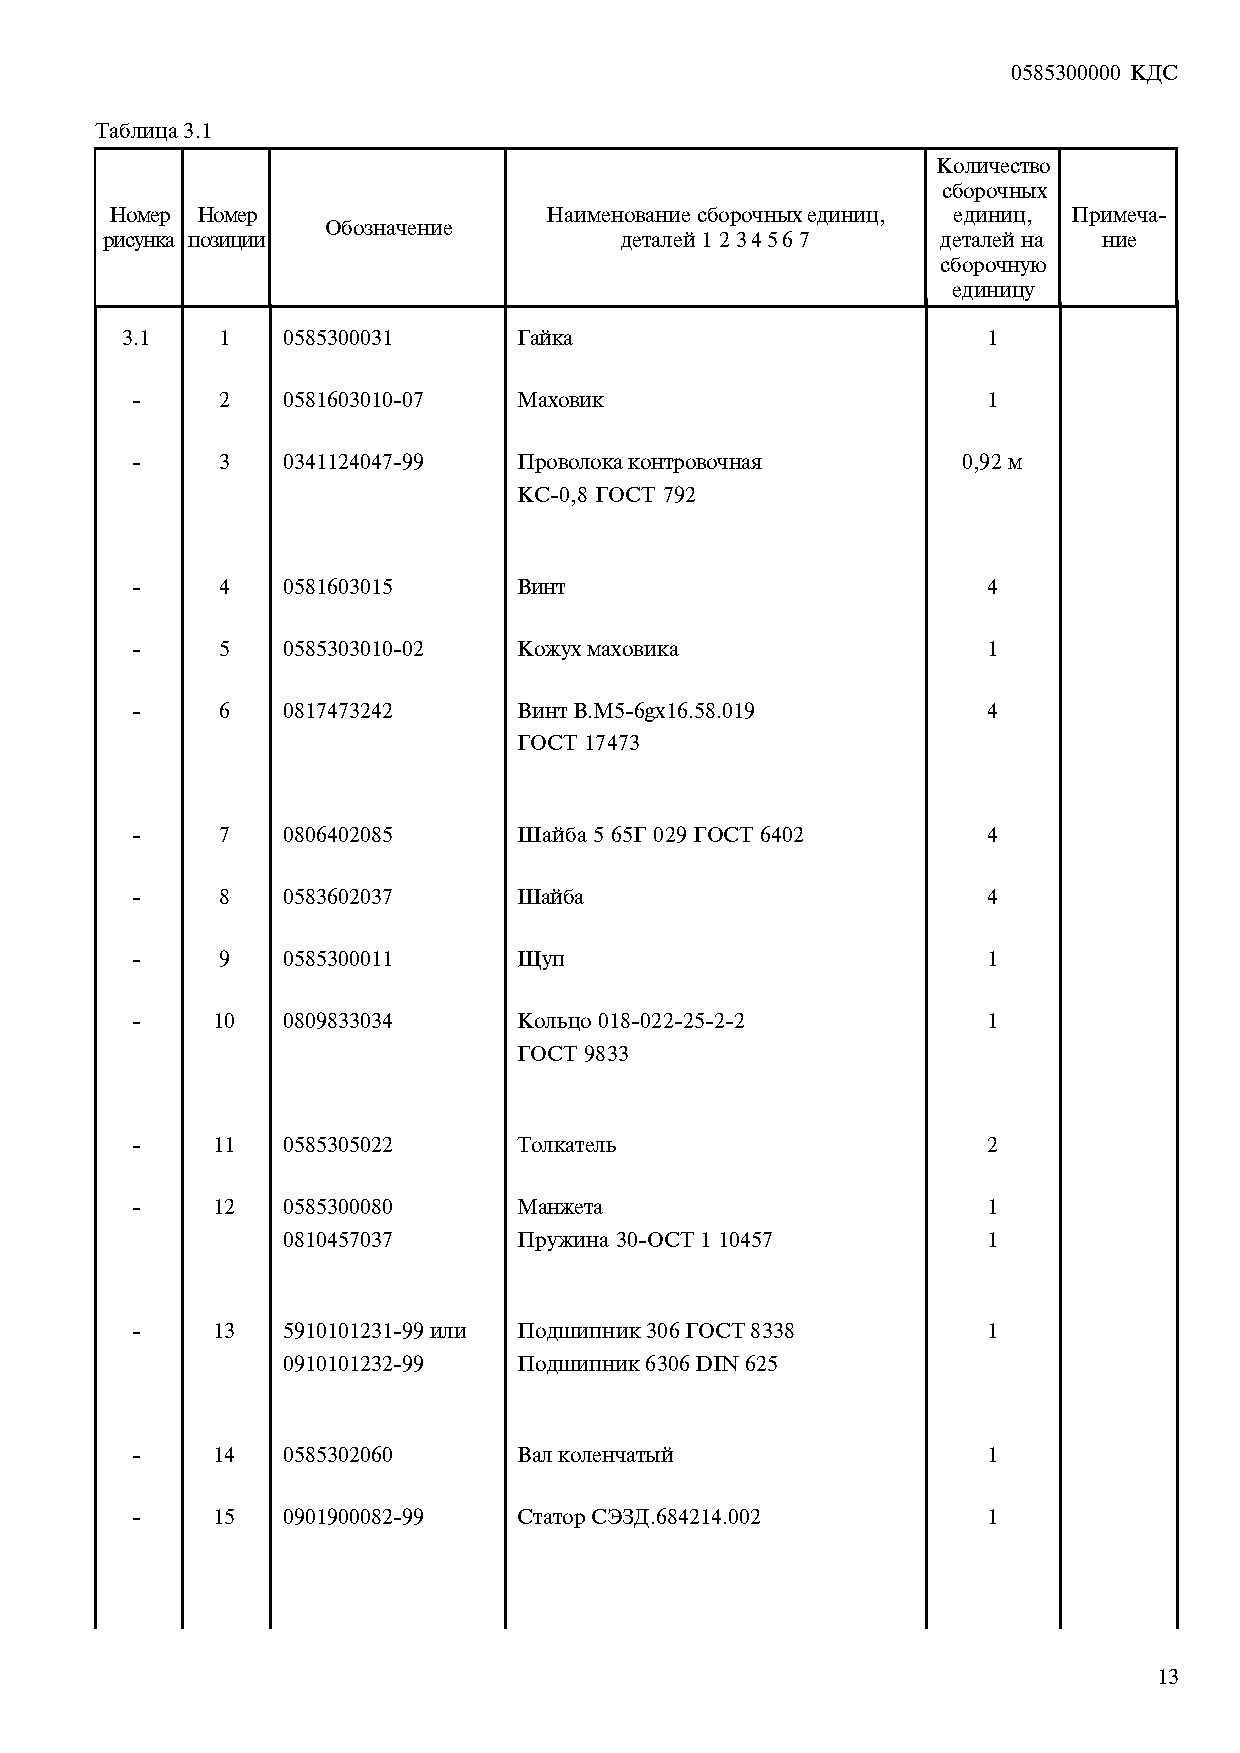
0585300000 ÊÄÑ
 Òàáëèöà 3.1
 Kîëè÷åñòâî
 ñáîðî÷íûõ
 Íîìåð Íîìåð                  Íàèìåíîâàíèå ñáîðî÷íûõ åäèíèö, åäèíèö, Ïðèìå÷à-
 Îáîçíà÷åíèå
 ðèñóíêà ïîçèöèè                   äåòàëåé 1 2 3 4 5 6 7 äåòàëåé íà íèå
 ñáîðî÷íóþ
 åäèíèöó
 3.1   1    0585300031     Ãàéêà                          1
 -    2    0581603010-07  Ìàõîâèê                        1
 -    3    0341124047-99  Ïðîâîëîêà êîíòðîâî÷íàÿ        0,92 ì
 ÊÑ-0,8 ÃÎÑÒ 792
 -    4    0581603015     Âèíò                           4
 -    5    0585303010-02  Êîæóõ ìàõîâèêà                 1
 -    6    0817473242     Âèíò Â.Ì5-6gõ16.58.019         4
 ÃÎÑÒ 17473
 -    7    0806402085     Øàéáà 5 65Ã 029 ÃÎÑÒ 6402      4
 -    8    0583602037     Øàéáà                          4
 -    9    0585300011     Ùóï                            1
 -    10   0809833034     Êîëüöî 018-022-25-2-2          1
 ÃÎÑÒ 9833
 -    11   0585305022     Òîëêàòåëü                      2
 -    12   0585300080     Ìàíæåòà                        1
 0810457037     Ïðóæèíà 30-ÎÑÒ 1 10457         1
 -    13   5910101231-99 èëè Ïîäøèïíèê 306 ÃÎÑÒ 8338     1
 0910101232-99  Ïîäøèïíèê 6306 DIN 625
 -    14   0585302060     Âàë êîëåí÷àòûé                 1
 -    15   0901900082-99  Ñòàòîð ÑÝÇÄ.684214.002         1
 13